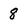
Character: 8